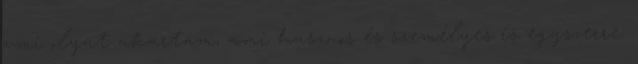
vmi olyat akartam, ami hasznos és személyes is egyszerre.